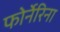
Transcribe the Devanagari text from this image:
फोर्नेरिना